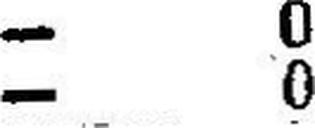
— 0